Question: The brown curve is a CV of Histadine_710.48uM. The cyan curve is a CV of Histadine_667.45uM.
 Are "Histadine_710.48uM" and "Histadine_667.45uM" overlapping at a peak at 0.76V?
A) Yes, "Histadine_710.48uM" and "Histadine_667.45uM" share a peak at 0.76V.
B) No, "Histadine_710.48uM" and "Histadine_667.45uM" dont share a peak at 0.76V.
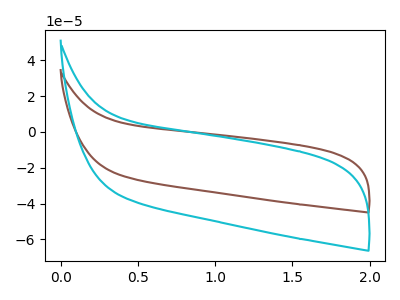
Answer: <think>The brown curve "Histadine_710.48uM" has no peaks. The cyan curve "Histadine_667.45uM" has no peaks.</think>
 <answer>B) No, "Histadine_710.48uM" and "Histadine_667.45uM" dont share a peak at 0.76V.</answer>
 <eval>B</eval>